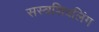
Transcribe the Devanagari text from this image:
सस्त्रशिवलिंग